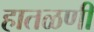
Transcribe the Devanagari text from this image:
हातळणी